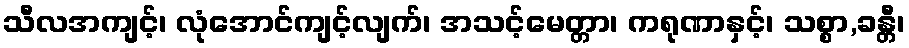
သီလအကျင့်၊ လုံအောင်ကျင့်လျက်၊ အသင့်မေတ္တာ၊ ကရုဏာနှင့်၊ သစ္စာ,ခန္တီ၊